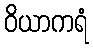
ဝိယာကရံ